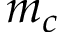
m _ { c }